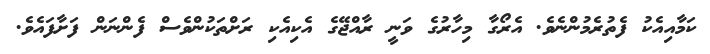
ކަމާއިއެކު ފެތުރެމުންނެވެ. އެރޯގާ މިހާރުގެ ވަނީ ރާއްޖޭގެ އެކިއެކި ރަށްތަކުންވެސް ފެންނަން ފަށާފައެވެ.